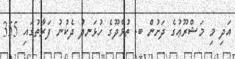
އަދި މި މަޝްރޫޢުގެ ދަށުން ބ. ތުޅާދޫގެ ހުޅަނދު ދެކުނު ފަރާތުގައި 355